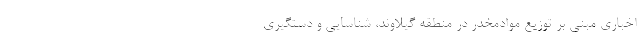
اخباری مبنی بر توزیع موادمخدر در منطقه گیلاوند، شناسایی و دستگیری